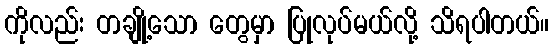
ကိုလည်း တချို့သော တွေမှာ ပြုလုပ်မယ်လို့ သိရပါတယ်။